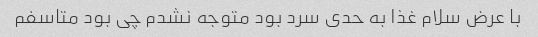
با عرض سلام غذا به حدی سرد بود متوجه نشدم چی بود متاسفم